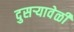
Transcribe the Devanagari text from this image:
दुसर्‍यावेळी